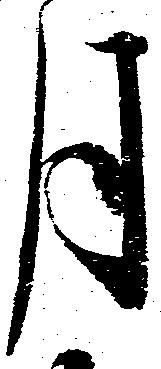
月